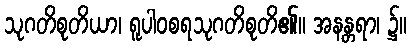
သုဂတိစုတိယာ၊ ရူပါဝစရသုဂတိစုတိ၏။ အနန္တရာ၊ ၌။